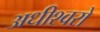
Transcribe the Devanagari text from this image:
अधीश्वरो